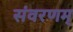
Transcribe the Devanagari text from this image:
संवरणम्